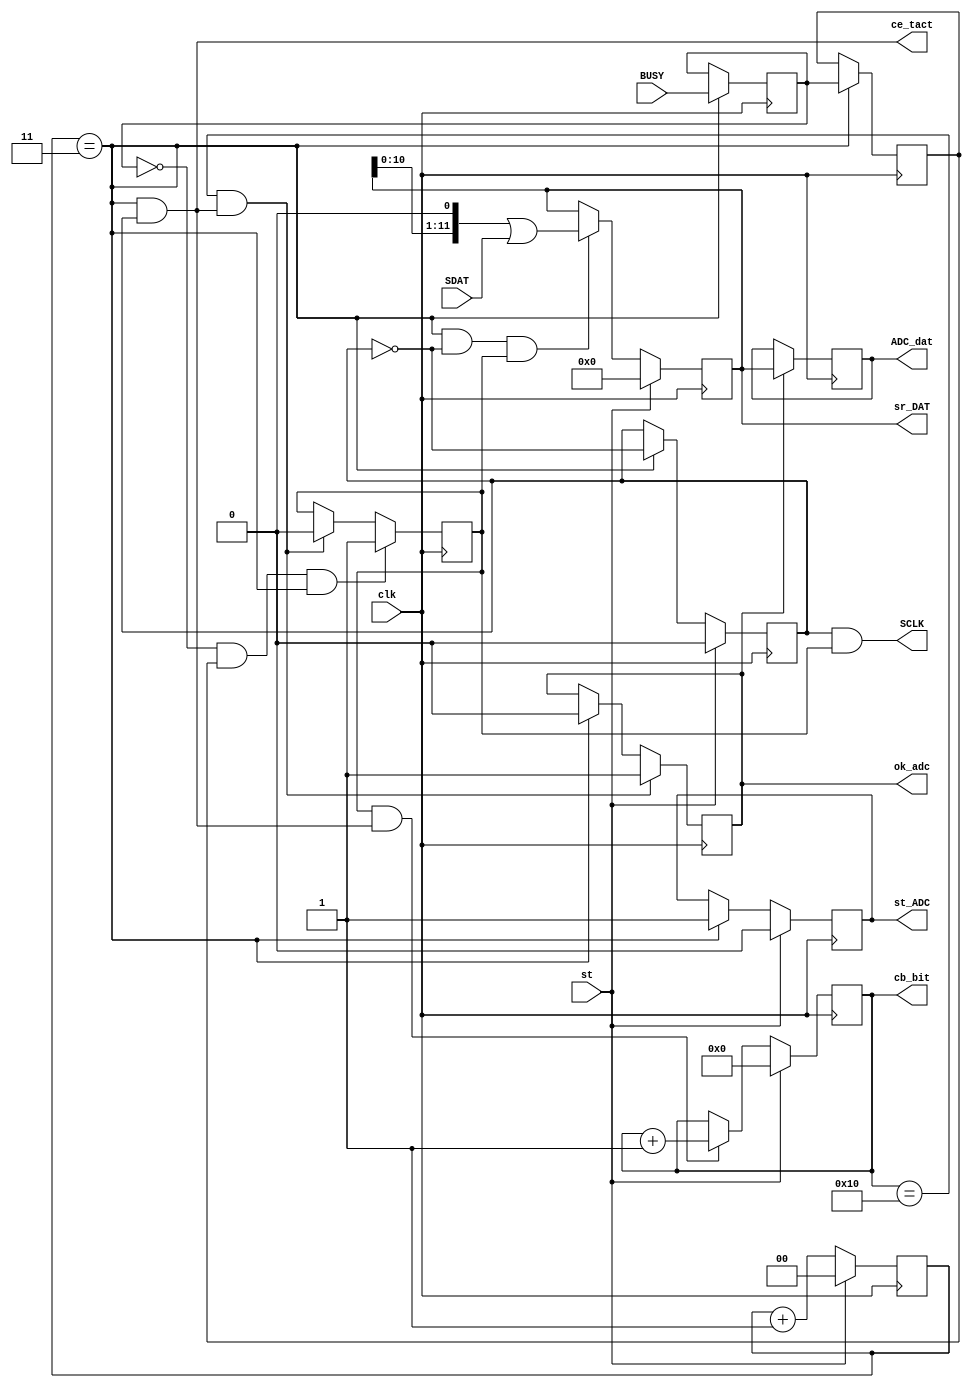
module SPI_AD7895 (input clk,  output wire SCLK, // 
                   input BUSY, output reg st_ADC=1,//CONVST
                   input SDAT, output reg [11:0]ADC_dat=0, // 
                   input st,   output reg ok_adc=0, // 
                               output reg [11:0]sr_DAT=0, //  
                               output reg [4:0]cb_bit=0, // 
                               output wire ce_tact); // 

  reg tBUSY=0, ttBUSY=0, Q=0 ;
  reg [1:0]cb_ce=0 ; // 

  wire ce=(cb_ce==3); // ce Tce=80 ns
  wire ce_bit = ce & !Q ; // Q=160 ns
  assign ce_tact = ce & Q ; // Q=160 ns

  wire start_SCLK = !tBUSY & ttBUSY & ce;
  wire stop_SCLK = (cb_bit==16) & ce_tact;

  reg en_SCLK=0 ; //  
  assign SCLK = Q & en_SCLK ; // SCLK=160 ns

  always @ (posedge clk) begin
    cb_ce <= st? 0 : cb_ce+1 ;
    Q <= st? 0 : ce? !Q : Q ;
    st_ADC <= st? 0 : ce? 1 : st_ADC ;
    tBUSY <= ce? BUSY : tBUSY ; ttBUSY <= ce? tBUSY : ttBUSY;
    en_SCLK <= start_SCLK? 1 : stop_SCLK? 0 : en_SCLK ;
    cb_bit <= st? 0 : (en_SCLK & ce_tact)? cb_bit+1 : cb_bit ;
    sr_DAT <= st? 0 : (ce_bit & en_SCLK)? sr_DAT<<1 | SDAT : sr_DAT ;
    ok_adc <= stop_SCLK? 1 : ce? 0 : ok_adc ;
    ADC_dat <= ok_adc? sr_DAT : ADC_dat ;
  end

endmodule